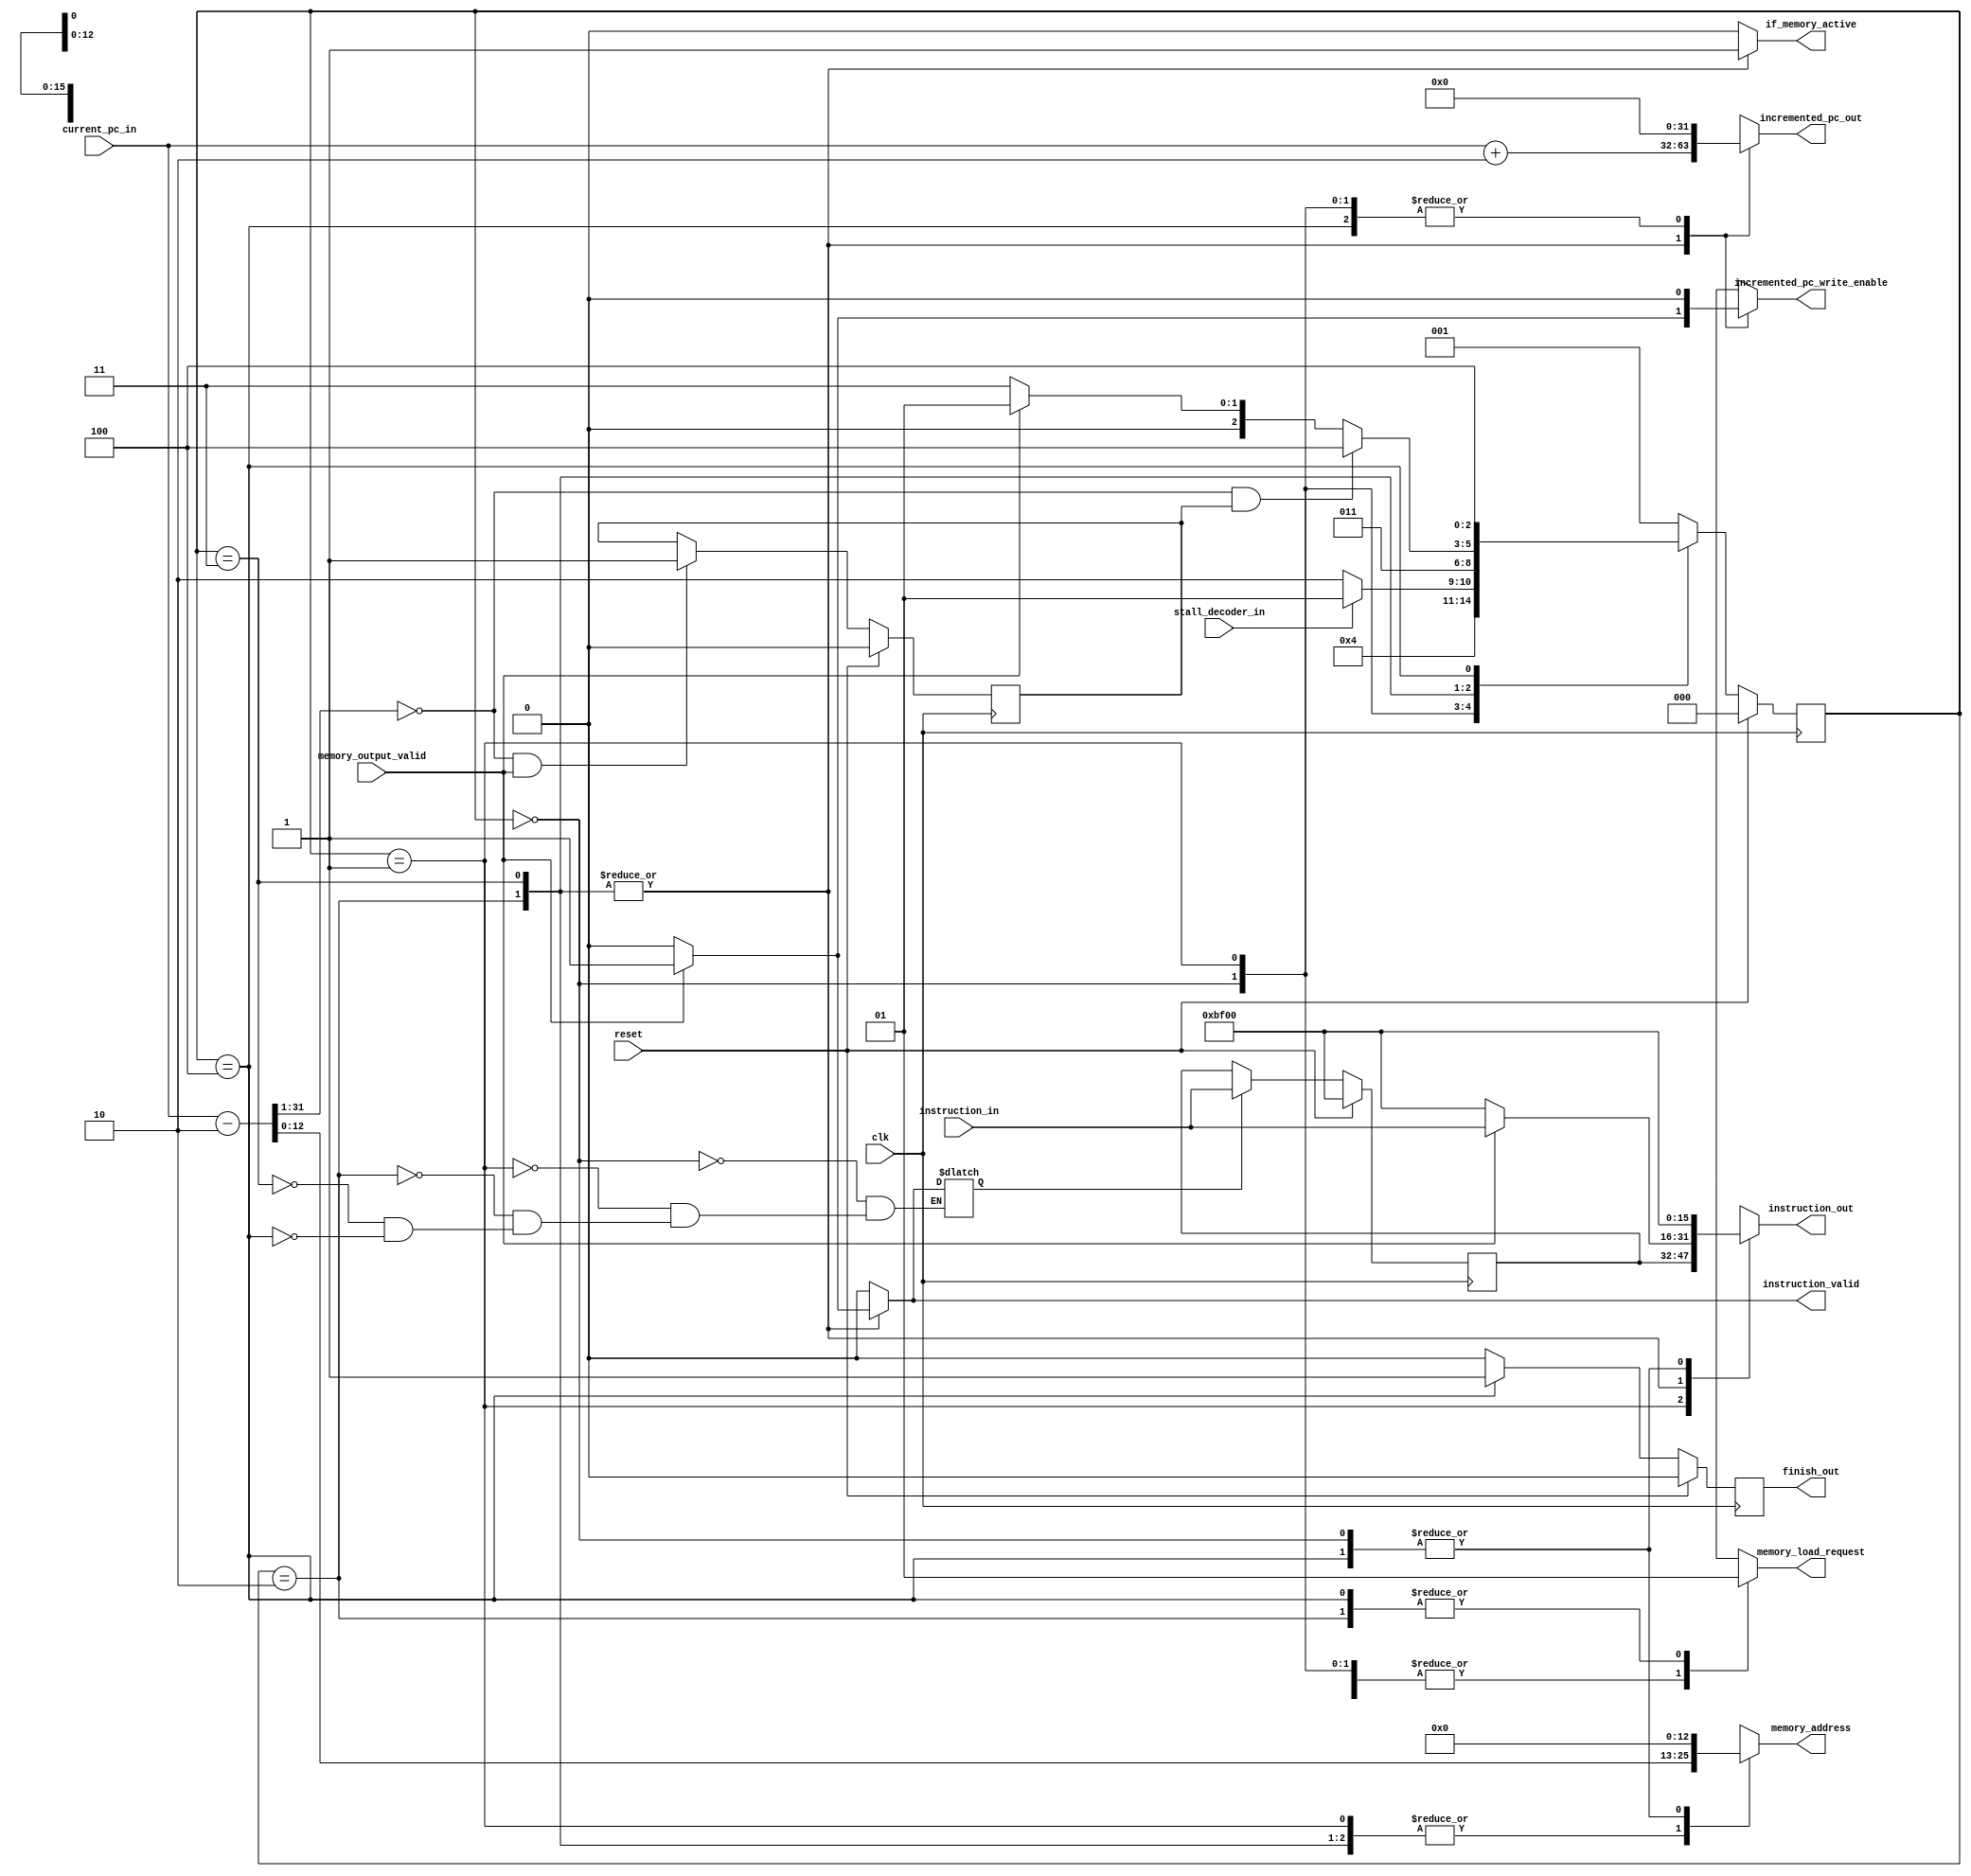
module Instruction_Fetch_v3(

input wire clk, 
input wire reset, 

input wire stall_decoder_in, 
input wire memory_output_valid, 

input wire [31:0] current_pc_in, 
input wire [15:0] instruction_in, 

output reg memory_load_request, 
output reg incremented_pc_write_enable, 
output reg instruction_valid,  

output reg [12:0] memory_address, 
output reg [31:0] incremented_pc_out, 
output reg [15:0] instruction_out,

output reg  if_memory_active

//  *disabled*// synthesis translate_off
,
output reg        finish_out
//  *disabled*// synthesis translate_on
);


localparam[2:0]
RESET = 3'b000,
WAIT_FOR_DEC = 3'b001,
FETCH1 = 3'b010,
FETCH2 = 3'b011,
FINISHED = 3'b100;

reg[2:0] currentState, nextState;

reg        update_instruction_reg;
reg [15:0] fetched_instruction_reg;

wire [32:0] current_pc_modified;
assign current_pc_modified = current_pc_in - 2;


//  *disabled*// synthesis translate_off
reg        next_finish_out;
reg        first_instruction_fetched;
//  *disabled*// synthesis translate_on


always@(*) begin



case(currentState)
	RESET: begin
		nextState = (reset == 1) ? RESET : FETCH1;
		incremented_pc_out = 32'b0000_0000_0000_0000_0000_0000_0000_0000;
		incremented_pc_write_enable = 1'b0;
        memory_address = 13'b0_0000_0000_0000;
		memory_load_request = 1'b0;
		instruction_out = 16'b1011_1111_0000_0000;
		update_instruction_reg = 1'b0;
		instruction_valid = 1'b0;
		
		if_memory_active = 1'b0;
		
		//  *disabled*// synthesis translate_off
		next_finish_out = 1'b0;
		//  *disabled*// synthesis translate_on
	end
	WAIT_FOR_DEC: begin
		nextState = (stall_decoder_in == 1) ? WAIT_FOR_DEC : FETCH1;
		incremented_pc_out = 32'b0000_0000_0000_0000_0000_0000_0000_0000;
		incremented_pc_write_enable = 1'b0;
		memory_address = current_pc_modified[12:0];
		memory_load_request = 1'b0;
		instruction_out = fetched_instruction_reg;
		update_instruction_reg = 1'b0;
		instruction_valid = 1'b0;
		
		if_memory_active = 1'b0;
		
        //  *disabled*// synthesis translate_off
		next_finish_out = 1'b0;
		//  *disabled*// synthesis translate_on
	end
	FETCH1: begin
		nextState = FETCH2;
		incremented_pc_out = current_pc_in + 2;
        incremented_pc_write_enable = (memory_output_valid == 1) ? 1'b1 : 1'b0;
		memory_load_request = 1'b1;
		instruction_out =  (memory_output_valid == 1) ? instruction_in : 16'b1011_1111_0000_0000;
		update_instruction_reg = (memory_output_valid == 1) ? 1'b1 : 1'b0;
		memory_address = current_pc_modified[12:0];
		instruction_valid = (memory_output_valid == 1) ? 1'b1 : 1'b0;
		
		if_memory_active = 1'b1;
		
        //  *disabled*// synthesis translate_off
		next_finish_out = 1'b0;
		//  *disabled*// synthesis translate_on
	end
    FETCH2: begin
		nextState = 
                      //  *disabled*// synthesis translate_off
		              ( (({1'b0, current_pc_modified[31:1]} == 32'b0000_0000_0000_0000_0000_0000_0000_0000) & first_instruction_fetched)  ?   FINISHED  :  
		              //  *disabled*// synthesis translate_on
		              ((memory_output_valid == 1) ? WAIT_FOR_DEC : FETCH2)
		              //  *disabled*// synthesis translate_off
		              )
		              //  *disabled*// synthesis translate_on
		              ;
		incremented_pc_out = current_pc_in + 2;
        incremented_pc_write_enable = (memory_output_valid == 1) ? 1'b1 : 1'b0;
		memory_load_request = 1'b0;
		instruction_out =  (memory_output_valid == 1) ? instruction_in : 16'b1011_1111_0000_0000;
		update_instruction_reg = (memory_output_valid == 1) ? 1'b1 : 1'b0;
		memory_address = current_pc_modified[12:0];
		instruction_valid = (memory_output_valid == 1) ? 1'b1 : 1'b0;
		
		if_memory_active = 1'b1;
		
        //  *disabled*// synthesis translate_off
		next_finish_out = 1'b0;
		//  *disabled*// synthesis translate_on
	end
    FINISHED: begin
		nextState = FINISHED;
		incremented_pc_out = 32'b0000_0000_0000_0000_0000_0000_0000_0000;
        incremented_pc_write_enable = 1'b0;
		memory_load_request = 1'b1;
		instruction_out = 16'b1011_1111_0000_0000;
		update_instruction_reg = 1'b0;
		memory_address = 13'b0_0000_0000_0000;
		instruction_valid = 1'b0;
		
		if_memory_active = 1'b0;
		
        //  *disabled*// synthesis translate_off
		next_finish_out = 1'b1;
		//  *disabled*// synthesis translate_on
	end
	default: begin
		memory_load_request = 1'bx;
		instruction_out = 16'bx;
		memory_address = 13'bx;
		incremented_pc_write_enable = 1'bx;
		nextState = WAIT_FOR_DEC;
		incremented_pc_out = 32'bx;
		instruction_valid = 0;
		
		if_memory_active = 1'b0;
		
        //  *disabled*// synthesis translate_off
		next_finish_out = 1'b0;
		//  *disabled*// synthesis translate_on
	end
endcase
end

always@(posedge clk) begin
	if(reset) begin
        currentState <= RESET;
	end
	else begin
        currentState <= nextState; 
	end 
end

always@(posedge clk) begin
	if(reset) begin
        fetched_instruction_reg <= 16'b1011_1111_0000_0000;
	end
	else if(update_instruction_reg) begin
        fetched_instruction_reg <= instruction_in;
	end
	else begin
        fetched_instruction_reg <= fetched_instruction_reg;
	end
	
end

//  *disabled*// synthesis translate_off
always@(posedge clk) begin
	if(reset) begin
        first_instruction_fetched <= 1'b0;
	end
	else if( ({1'b0, current_pc_modified[31:1]} == 32'b0000_0000_0000_0000_0000_0000_0000_0000) & memory_output_valid) begin
        first_instruction_fetched <= 1'b1;
	end
	else begin
        first_instruction_fetched <= first_instruction_fetched;
	end
end

always@(posedge clk) begin
	if(reset) begin
        finish_out <= 1'b0;
	end
	else begin
        finish_out <= next_finish_out;
	end 
end
//  *disabled*// synthesis translate_on



endmodule